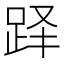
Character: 𬦫